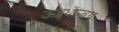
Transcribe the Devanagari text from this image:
ऊद्र्धान्वय